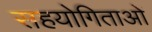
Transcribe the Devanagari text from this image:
सहयोगिताओं